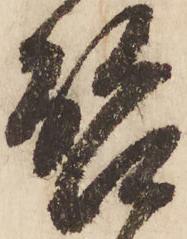
啓